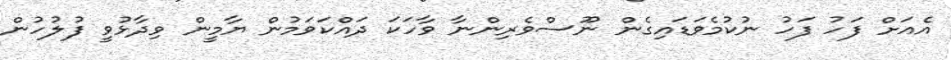
އެއަށް ފަހު ފަހު ނުކުމެވަޑައިގެން ނޫސްވެރިންނާ ވާހަކަ ދައްކަވަމުން ޔާމީން ވިދާޅުވީ ފުލުހުން